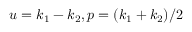
u = k _ { 1 } - k _ { 2 } , p = ( k _ { 1 } + k _ { 2 } ) / 2